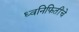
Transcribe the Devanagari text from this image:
ध्वनिफितींचे